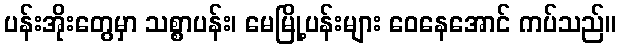
ပန်းအိုးတွေမှာ သစ္စာပန်း၊ မေမြို့ပန်းများ ဝေနေအောင် ကပ်သည်။